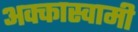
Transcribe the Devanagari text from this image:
अक्कास्वामी